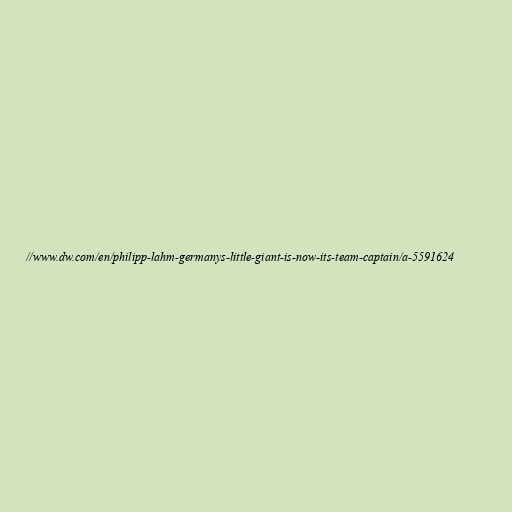
//www.dw.com/en/philipp-lahm-germanys-little-giant-is-now-its-team-captain/a-5591624